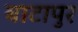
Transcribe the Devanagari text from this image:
बाटापुर